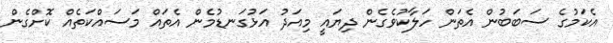
އެކަމުގެ ސަބަބުން އެތަން ހަލާކުވެގެން ދިޔައީ މިއަދު އަޅުގަނޑުމެން އެތައް މަސައްކަތެއް ކޮށްގެން